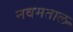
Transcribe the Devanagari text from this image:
नवमताल